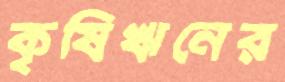
কৃষিঋনের